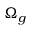
\Omega _ { g }